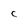
Character: C